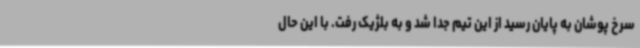
سرخ پوشان به پایان رسید از این تیم جدا شد و به بلژیک رفت. با این حال